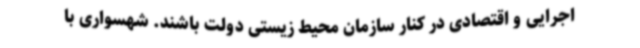
اجرایی و اقتصادی در کنار سازمان محیط زیستی دولت باشند. شهسواری با